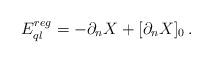
LaTeX: \begin{align*}E_{ql}^{reg}=-\partial _{n}X+[\partial _{n}X]_{0}\, .\end{align*}